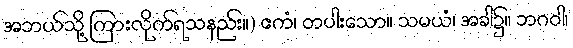
အဘယ်သို့ ကြားလိုက်ရသနည်း။) ဧကံ၊ တပါးသော။ သမယံ၊ အခါ၌။ ဘဂဝါ၊